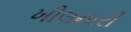
ખીલનારી